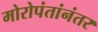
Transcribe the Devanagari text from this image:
मोरोपंतांनंतर